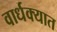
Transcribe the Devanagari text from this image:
वार्धक्यात